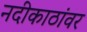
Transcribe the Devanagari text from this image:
नदीकाठांवर